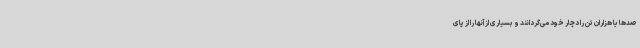
صدها یا هزاران تن را دچار خود می‌گردانند و بسیاری از آنها را از پای